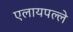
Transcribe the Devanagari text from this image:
एलायपल्ले